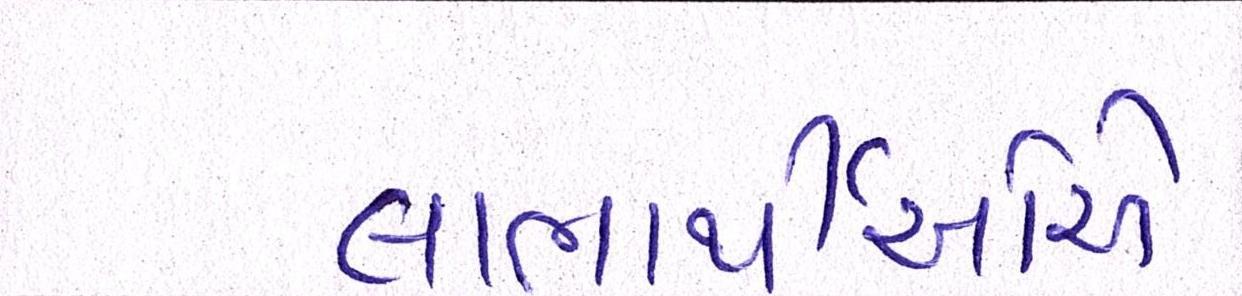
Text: લાભાર્થીઓએ